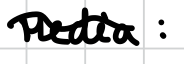
Text: Media:
Cross-out: wave
Writing tool: digital_black